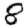
Digit: 8